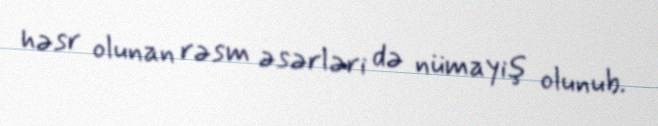
həsr olunan rəsm əsərləri də nümayiş olunub.